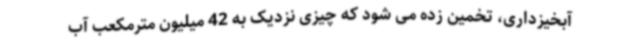
آبخیزداری، تخمین زده می شود که چیزی نزدیک به 42 میلیون مترمکعب آب